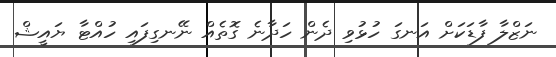
ނަޒްލާ ފާޑަކަށް އަނގަ ހުޅުވި ދެން ހަދާނެ ގޮތެއް ނޭނގިފައި ހުއްޓާ ޔައީޝް